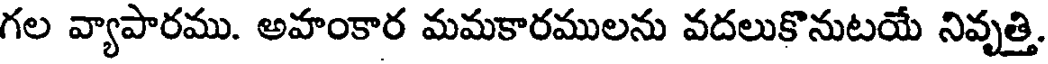
గల వ్యాపారము. అహంకార మమకారములను వదలుకొనుటయే నివృత్తి.